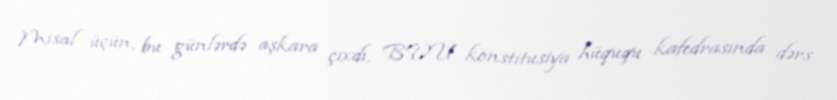
Misal üçün, bu günlərdə aşkara çıxdı, BDU konstitusiya hüququ kafedrasında dərs